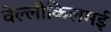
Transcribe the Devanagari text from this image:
वेल्लीकिलमई